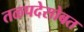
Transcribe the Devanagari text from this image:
तळपदेसोबत